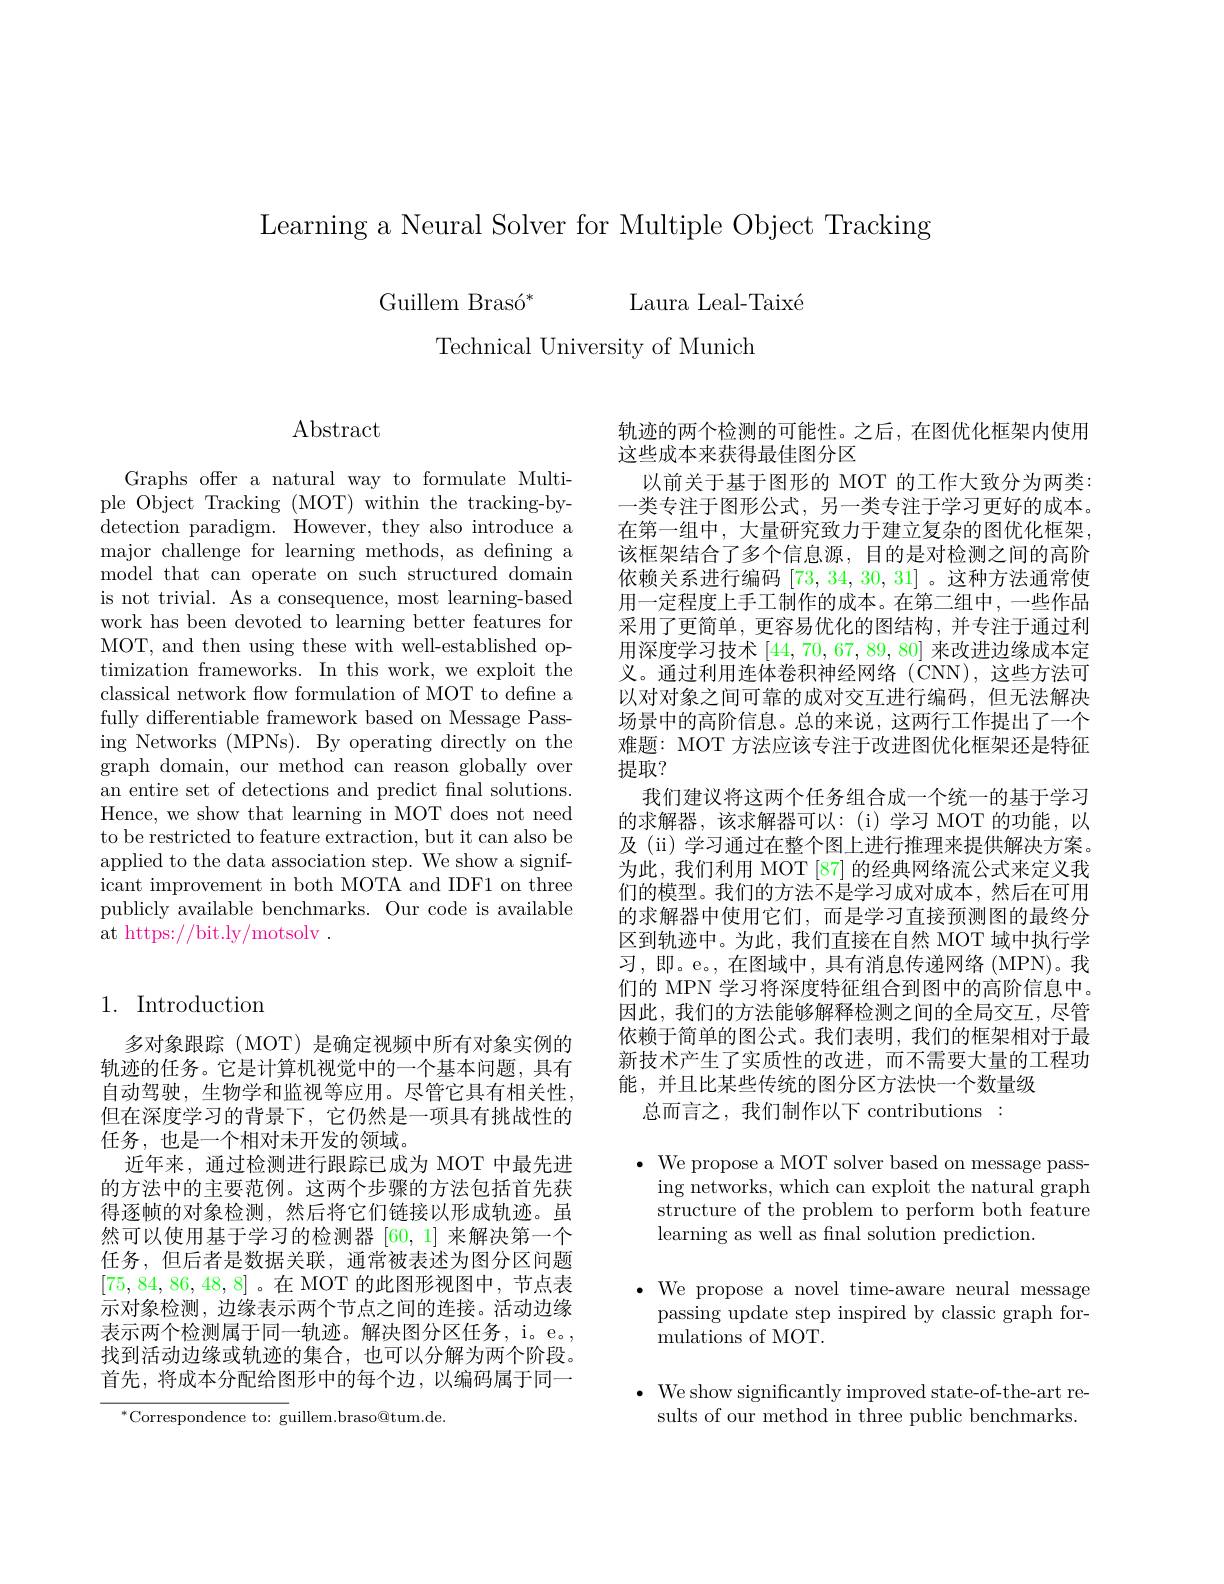
Learning a Neural Solver for Multiple Object Tracking

Laura Leal-Taixé
Guillem Brasó$^*$
Technical University of Munich

Abstract

Graphs offer a natural way to formulate Multiple Object Tracking (MOT) within the tracking-bydetection paradigm. However, they also introduce a major challenge for learning methods, as defining a model that can operate on such structured domain is not trivial. As a consequence, most learning-based work has been devoted to learning better features for MOT, and then using these with well-established optimization frameworks. In this work, we exploit the classical network flow formulation of MOT to define a fully differentiable framework based on Message Passing Networks (MPNs). By operating directly on the graph domain, our method can reason globally over an entire set of detections and predict fnal solutions. Hence, we show that learning in MOT does not need to be restricted to feature extraction, but it can also be applied to the data association step. We show a significant improvement in both MOTA and IDF1 on three publicly available benchmarks. Our code is available at https://bit.ly/motsolv .

## 1. Introduction

多对象跟踪(MOT)是确定视频中所有对象实例的轨迹的任务。它是计算机视觉中的一个基本问题，具有自动驾驶，生物学和监视等应用。尽管它具有相关性， 但在深度学习的背景下，它仍然是一项具有挑战性的任务，也是一个相对未开发的领域。
近年来，通过检测进行跟踪已成为 MOT 中最先进的方法中的主要范例。这两个步骤的方法包括首先获得逐帧的对象检测，然后将它们链接以形成轨迹。虽然可以使用基于学习的检测器[60,1]来解决第一个任务，但后者是数据关联，通常被表述为图分区问题[75,84,86,48,8]。在 MOT 的此图形视图中，节点表示对象检测，边缘表示两个节点之间的连接。活动边缘表示两个检测属于同一轨迹。解决图分区任务，i。e。, 找到活动边缘或轨迹的集合，也可以分解为两个阶段。首先，将成本分配给图形中的每个边，以编码属于同一

$^{*}$Correspondence to: guillem.braso@tum.de.

轨迹的两个检测的可能性。之后，在图优化框架内使用
这些成本来获得最佳图分区
以前关于基于图形的 MOT 的工作大致分为两类： 一类专注于图形公式，另一类专注于学习更好的成本。在第一组中，大量研究致力于建立复杂的图优化框架， 该框架结合了多个信息源，目的是对检测之间的高阶依赖关系进行编码[73,34,30,31] 。这种方法通常使用一定程度上手工制作的成本。在第二组中，一些作品采用了更简单，更容易优化的图结构，并专注于通过利用深度学习技术[44,70,67,89,80]来改进边缘成本定义。通过利用连体卷积神经网络(CNN),这些方法可以对对象之间可靠的成对交互进行编码，但无法解决场景中的高阶信息。总的来说，这两行工作提出了一个难题：MOT 方法应该专注于改进图优化框架还是特征提取？
我们建议将这两个任务组合成一个统一的基于学习的求解器，该求解器可以：(i)学习 MOT 的功能，以及 (ii) 学习通过在整个图上进行推理来提供解决方案。为此，我们利用 MOT[87] 的经典网络流公式来定义我们的模型。我们的方法不是学习成对成本，然后在可用的求解器中使用它们，而是学习直接预测图的最终分区到轨迹中。为此，我们直接在自然 MOT 域中执行学习，即。e。,在图域中，具有消息传递网络(MPN)。我们的 MPN 学习将深度特征组合到图中的高阶信息中。因此，我们的方法能够解释检测之间的全局交互，尽管依赖于简单的图公式。我们表明，我们的框架相对于最新技术产生了实质性的改进，而不需要大量的工程功能，并且比某些传统的图分区方法快一个数量级
总而言之，我们制作以下 contributions:

$\bullet$ We propose a MOT solver based on message pass-
ing networks, which can exploit the natural graph structure of the problem to perform both feature learning as well as fnal solution prediction.

$\cdot$ We propose a novel time-aware neural message
passing update step inspired by classic graph for-
mulations of MOT.

$\cdot$ We show significantly improved state-of-the-art re-
sults of our method in three public benchmarks.